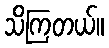
သိကြတယ်။